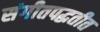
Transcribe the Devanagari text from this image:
संगीतपद्धतीत